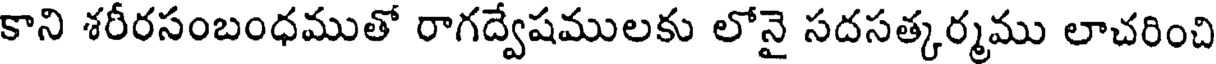
కాని శరీరసంబంధముతో రాగద్వేషములకు లోనై సదసత్కర్మము లాచరించి